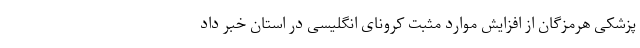
پزشکی هرمزگان از افزایش موارد مثبت کرونای انگلیسی در استان خبر داد